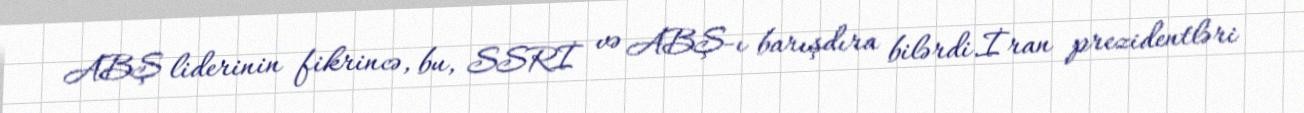
ABŞ liderinin fikrincə, bu, SSRİ və ABŞ-ı barışdıra bilərdi.İran prezidentləri